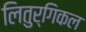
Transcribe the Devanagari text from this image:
लितुर्गिकल